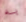
به